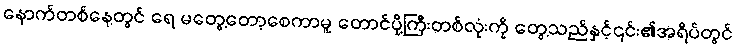
နောက်တစ်နေ့တွင် ရေ မတွေ့တော့စေကာမူ တောင်ပို့ကြီးတစ်လုံးကို တွေ့သည်နှင့်၎င်း၏အရိပ်တွင်